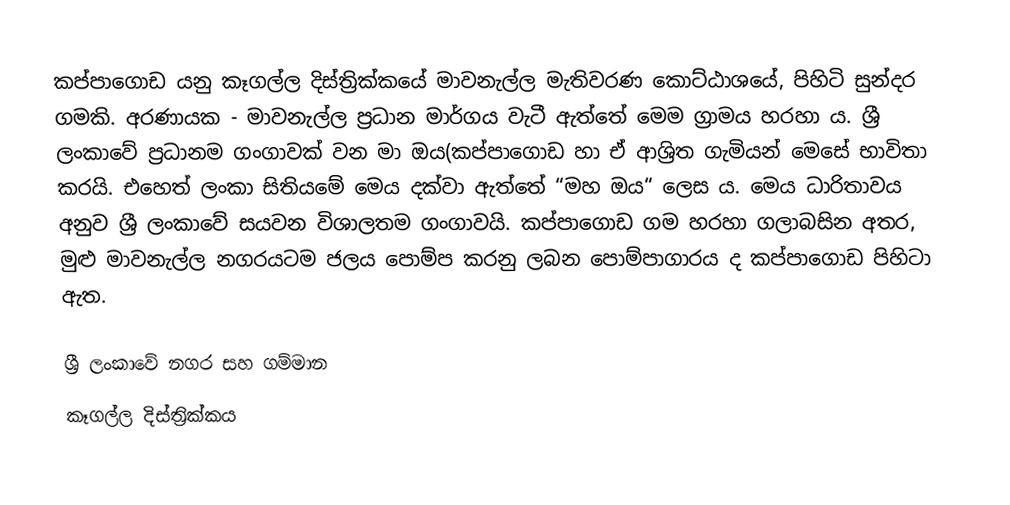
කප්පාගොඩ යනු කෑගල්ල දිස්ත්‍රික්කයේ මාවනැල්ල මැතිවරණ කොට්ඨාශයේ, පිහිටි සුන්දර ගමකි. අරණායක - මාවනැල්ල ප්‍රධාන මාර්ගය වැටී ඇත්තේ මෙම ග්‍රාමය හරහා ය. ශ්‍රී ලංකාවේ ප්‍රධානම ගංගාවක් වන මා ඔය(කප්පාගොඩ හා ඒ ආශ්‍රිත ගැමියන් මෙසේ භාවිතා කරයි. එහෙත් ලංකා සිතියමේ මෙය දක්වා ඇත්තේ “මහ ඔය“ ලෙස ය. මෙය ධාරිතාවය අනුව ශ්‍රී ලංකාවේ සයවන විශාලතම ගංගාවයි. කප්පාගොඩ ගම හරහා ගලාබසින අතර, මුළු මාවනැල්ල නගරයටම ජලය පොම්ප කරනු ලබන පොම්පාගාරය ද කප්පාගොඩ පිහිටා ඇත.

ශ්‍රී ලංකාවේ නගර සහ ගම්මාන
කෑගල්ල දිස්ත්‍රික්කය